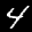
Label: 4